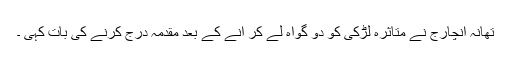
تھانہ انچارج نے متاثرہ لڑکی کو دو گواہ لے کر آنے کے بعد مقدمہ درج کرنے کی بات کہی ۔